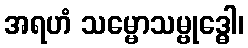
အရဟံ သမ္မောသမ္ဗုဒ္ဓေါ၊